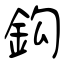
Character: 鈎